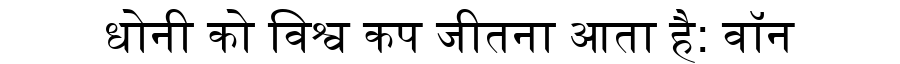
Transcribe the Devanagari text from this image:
धोनी को विश्व कप जीतना आता है: वॉन